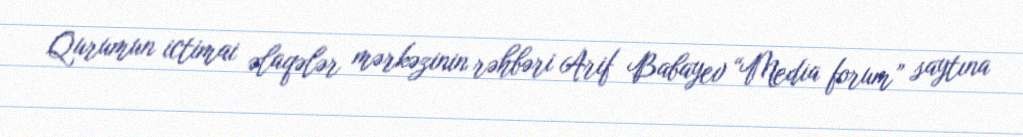
Qurumun ictimai əlaqələr mərkəzinin rəhbəri Arif Babayev “Media forum” saytına